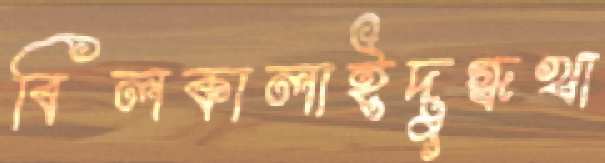
বিলকালাইদুগ্ধখা